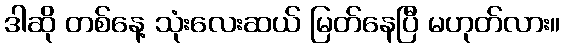
ဒါဆို တစ်နေ့ သုံးလေးဆယ် မြတ်နေပြီ မဟုတ်လား။